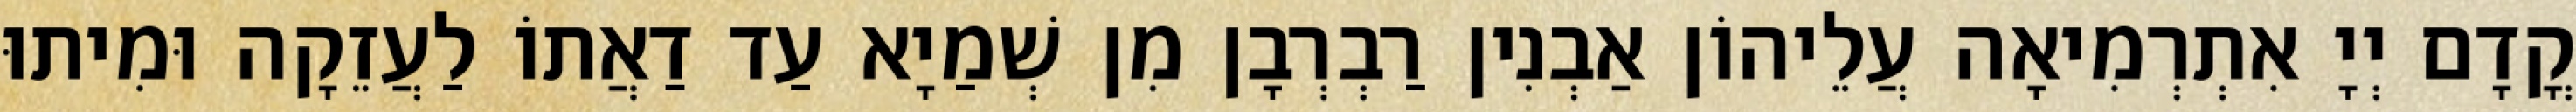
קֳדָם יְיָ אִתְרְמִיאָה עֲלֵיהוֹן אַבְנִין רַבְרְבָן מִן שְׁמַיָא עַד דַאֲתוֹ לַעֲזֵקָה וּמִיתוּ